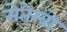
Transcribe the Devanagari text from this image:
सेतेम्ब्रो